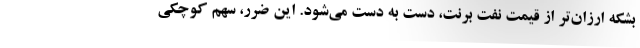
بشکه ارزان‌تر از قیمت نفت برنت، دست به دست می‌شود. این ضرر، سهم کوچکی